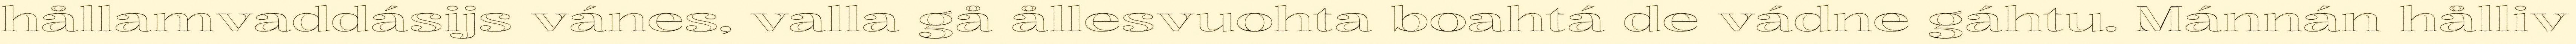
hållamvaddásijs vánes, valla gå ållesvuohta boahtá de vádne gáhtu. Mánnán hålliv